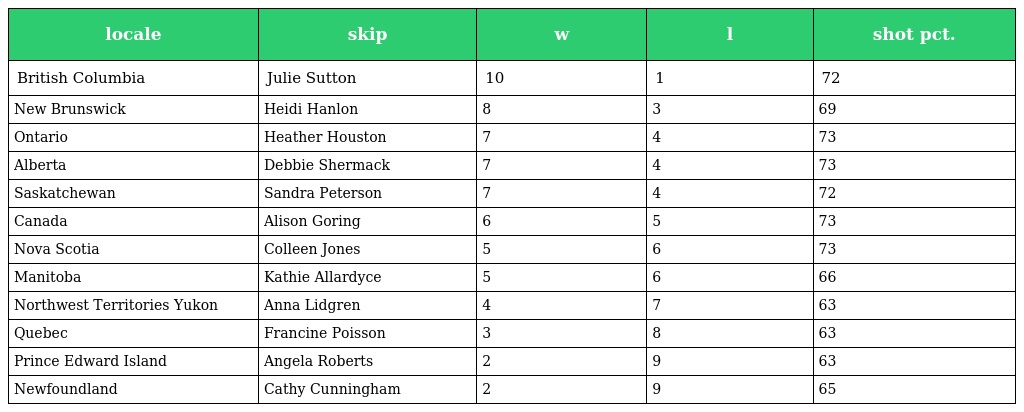
| locale | skip | w | l | shot pct. |
 | --- | --- | --- | --- | --- |
 | British Columbia | Julie Sutton | 10 | 1 | 72 |
 | New Brunswick | Heidi Hanlon | 8 | 3 | 69 |
 | Ontario | Heather Houston | 7 | 4 | 73 |
 | Alberta | Debbie Shermack | 7 | 4 | 73 |
 | Saskatchewan | Sandra Peterson | 7 | 4 | 72 |
 | Canada | Alison Goring | 6 | 5 | 73 |
 | Nova Scotia | Colleen Jones | 5 | 6 | 73 |
 | Manitoba | Kathie Allardyce | 5 | 6 | 66 |
 | Northwest Territories Yukon | Anna Lidgren | 4 | 7 | 63 |
 | Quebec | Francine Poisson | 3 | 8 | 63 |
 | Prince Edward Island | Angela Roberts | 2 | 9 | 63 |
 | Newfoundland | Cathy Cunningham | 2 | 9 | 65 |